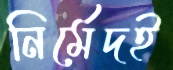
নির্মেদই